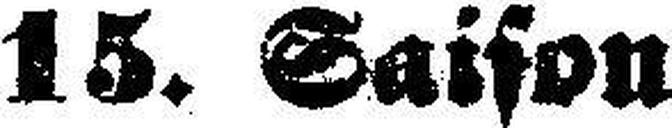
15. Saison